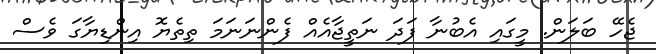
ޖެހޭ ބަލަން. މީގައި އެބުނާ ފަދަ ނަތީޖާއެއް ފެންނަނަމަ ތިތެޔޮ އިންޑިޔާގަ ވެސް